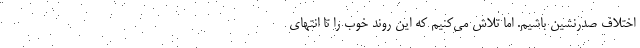
اختلاف صدرنشین باشیم. اما تلاش می‌کنیم که این روند خوب را تا انتهای